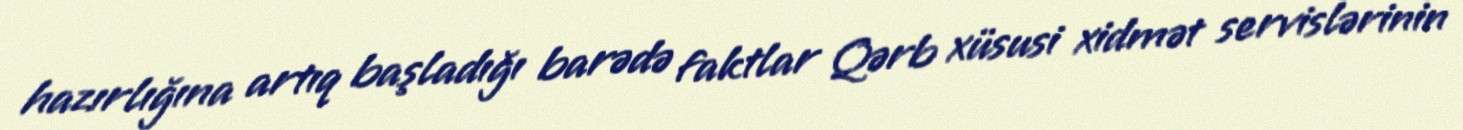
hazırlığına artıq başladığı barədə faktlar Qərb xüsusi xidmət servislərinin